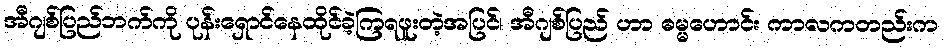
အီဂျစ်ပြည်ဘက်ကို ပုန်းရှောင်နေထိုင်ခဲ့ကြရဖူးတဲ့အပြင်၊ အီဂျစ်ပြည် ဟာ ဓမ္မဟောင်း ကာလကတည်းက